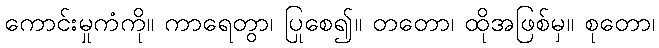
ကောင်းမှုကံကို။ ကာရေတွာ၊ ပြုစေ၍။ တတော၊ ထိုအဖြစ်မှ။ စုတော၊